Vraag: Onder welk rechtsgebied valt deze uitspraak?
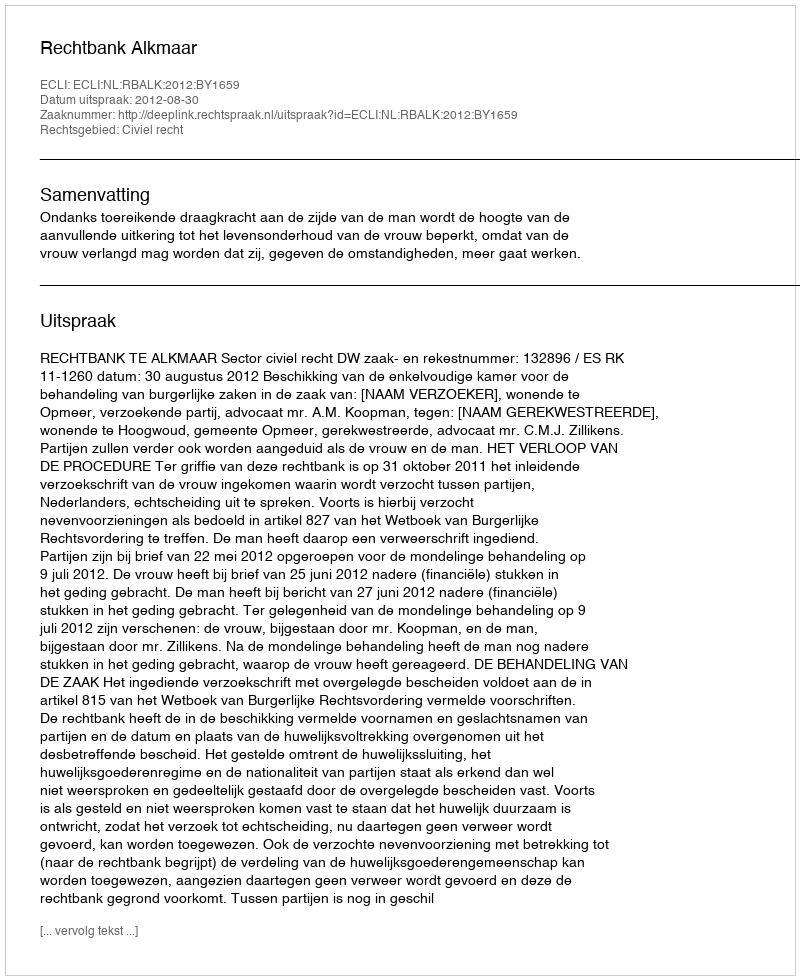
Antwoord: Civiel recht